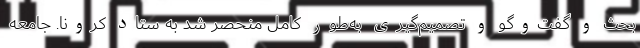
بحث و گفت‌وگو و تصمیم‌گیری به‌طور کامل منحصر شد به ستاد کرونا. جامعه